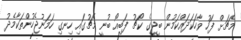
މެޗަށް ފަހު ވާހަކަދައްކަމުން ބީޖީގެ ކޯޗު ފަބިއޯ ބުނީ މެޗުގައި ހިނގި ހަމަނުޖެހުންތަކާމެދު